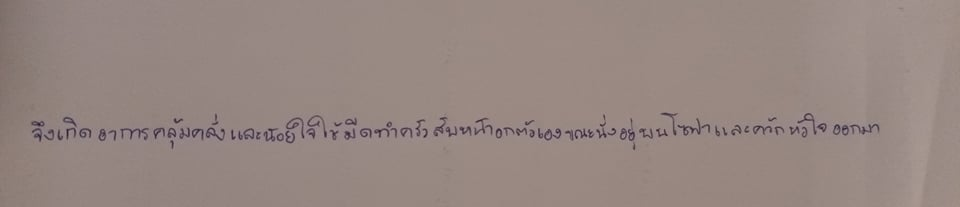
จึงเกิดอาการคลุ้มคลั่งและน้อยใจใช้มีดทำครัวสับหน้าอกตัวเองขณะนั่งอยู่บนโซฟาและควักหัวใจออกมา